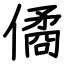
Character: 僪